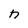
Character: n